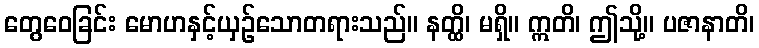
တွေဝေခြင်း မောဟနှင့်ယှဉ်သောတရားသည်။ နတ္ထိ၊ မရှိ။ ဣတိ၊ ဤသို့။ ပဇာနာတိ၊